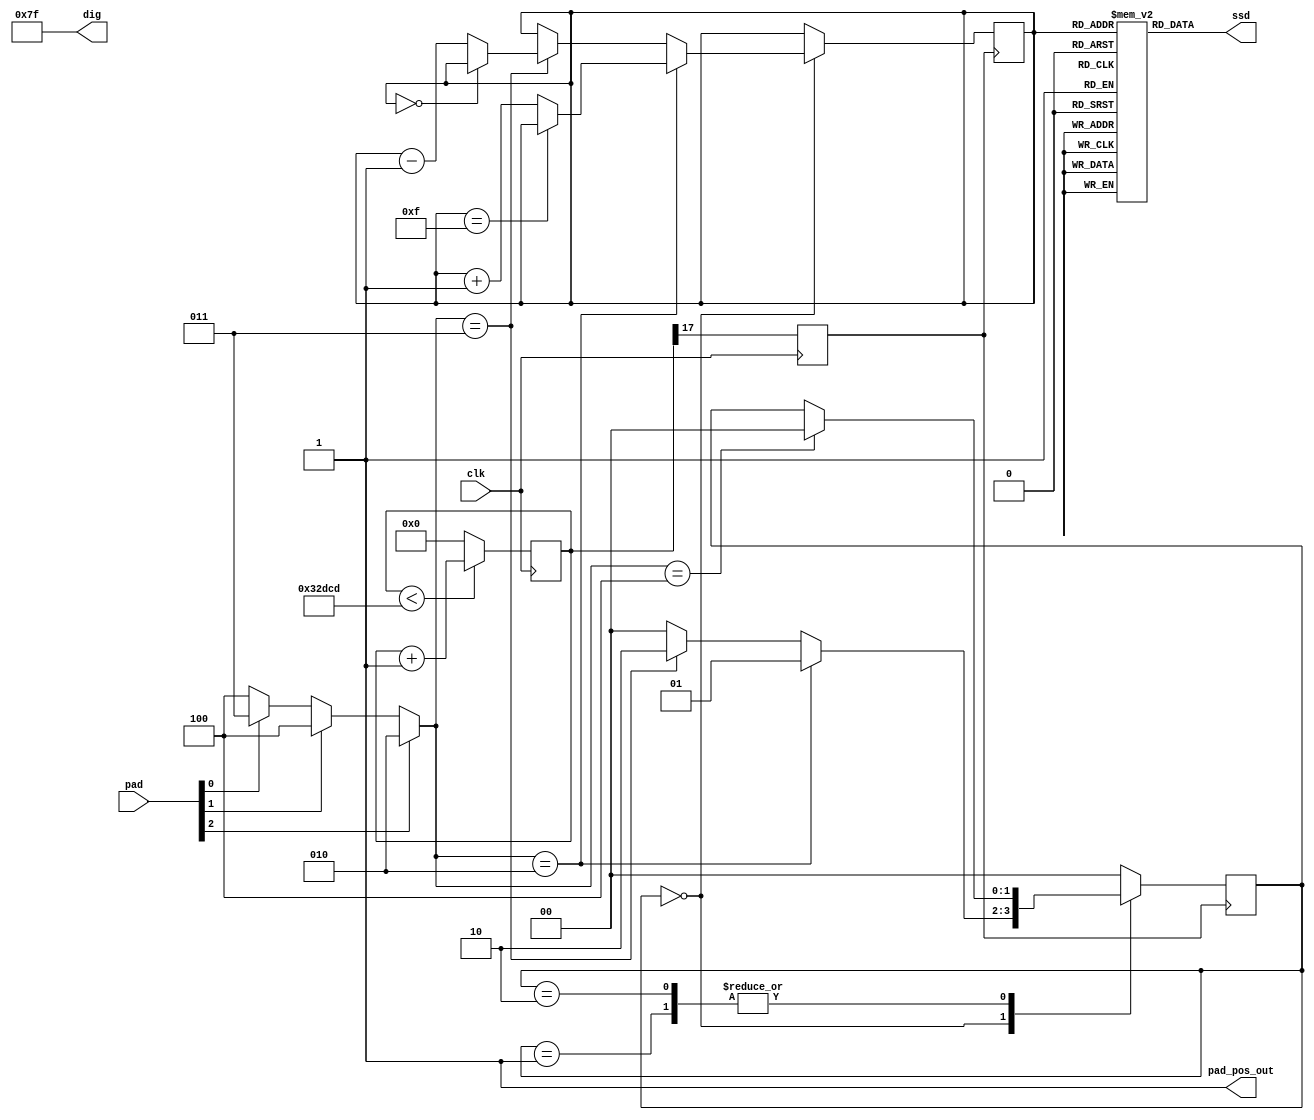
`timescale 1ns / 1ps

module pad_counter(
    input clk,
    input [0:2] pad,
    output pad_pos_out,
    output [7:0] dig,
    output [7:0] ssd
    );

    //oscillator devide
    reg [17:0] div;
    initial begin
        div = 18'd0;
    end
    reg clk_r; //refresh clock
    always @(posedge clk) begin
        if (div < 18'd208_333) begin //480Hz 
            div <= div + 1;
        end
        else begin
            div <= 18'd0;
        end
        clk_r <= div[17];
    end


    //pressed detection
    reg [3:0] pad_current = 4'd12;
    parameter PAD_IDLE = 4'd12;
    always @(*) begin
        if(pad[0] == 1'b1) begin //*
            pad_current = 4'd10;
        end
        else if(pad[1] == 1'b1) begin
            pad_current = PAD_IDLE;
        end
        else if(pad[2] == 1'b1) begin
            pad_current = 4'd11;
        end
        else begin
            pad_current = PAD_IDLE;
        end
    end

    //state machine
    parameter [1:0] IDLE = 2'b00;
    parameter [1:0] COUNTUP_PRESSED = 2'b01;
    parameter [1:0] COUNTDOWN_PRESSED = 2'b10;
    reg [1:0] current_state;
    reg [1:0] next_state;
    initial begin
        current_state <= IDLE;
        next_state <= IDLE;
    end
    always @(*) begin
        case(current_state)
            IDLE: begin
                if(pad_current == 4'd10) begin
                    next_state <= COUNTUP_PRESSED;
                end
                else if(pad_current == 4'd11) begin
                    next_state <= COUNTDOWN_PRESSED;
                end
                else begin
                    next_state <= IDLE;
                end
            end
            COUNTUP_PRESSED: begin
                if(pad_current == PAD_IDLE) begin
                    next_state <= IDLE;
                end
                else begin
                    next_state <= current_state;
                end
            end
            COUNTDOWN_PRESSED: begin
                if(pad_current == PAD_IDLE) begin
                    next_state <= IDLE;
                end
                else begin
                    next_state <= current_state;
                end
            end
            default: begin
                next_state <= IDLE;
            end
        endcase
    end
    always @(posedge clk_r) begin
        current_state <= next_state;
    end
    

    //counting
    reg [3:0] num = 4'd0;
    always @(posedge clk_r) begin
        case(current_state)
            IDLE: begin
                if(pad_current == 4'd10) begin
                    if(num == 4'd15) begin
                        num <= num;
                    end
                    else begin
                        num <= num + 1;
                    end
                end
                else if(pad_current == 4'd11) begin
                    if(num == 4'd0) begin
                        num <= num;
                    end
                    else begin
                        num <= num - 1;
                    end
                end
                else begin
                    num <= num;
                end
            end
            COUNTUP_PRESSED: begin
                num <= num;
            end
            COUNTDOWN_PRESSED: begin
                num <= num;
            end
            default: begin
                num <= num;
            end
        endcase
    end


    //SSD LUT
    reg [7:0] ssd_lut [0:15];
    initial begin
        ssd_lut[0] = 8'b0000001_1; //0
        ssd_lut[1] = 8'b1001111_1; //1
        ssd_lut[2] = 8'b0010010_1; //2
        ssd_lut[3] = 8'b0000110_1; //3
        ssd_lut[4] = 8'b1001100_1; //4
        ssd_lut[5] = 8'b0100100_1; //5
        ssd_lut[6] = 8'b0100000_1; //6
        ssd_lut[7] = 8'b0001111_1; //7
        ssd_lut[8] = 8'b0000000_1; //8
        ssd_lut[9] = 8'b0000100_1; //9
        ssd_lut[10] = 8'b0001000_1; //A
        ssd_lut[11] = 8'b1100000_1; //B
        ssd_lut[12] = 8'b0110001_1; //C
        ssd_lut[13] = 8'b1000010_1; //D
        ssd_lut[14] = 8'b0110000_1; //E
        ssd_lut[15] = 8'b0111000_1;  //F
    end


    assign pad_pos_out = 1'b1;
    assign dig = 8'b0111_1111;
    assign ssd = ssd_lut[num];

endmodule